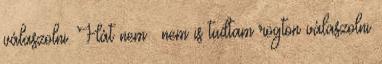
válaszolni. Hát nem . nem is tudtam rögtön válaszolni